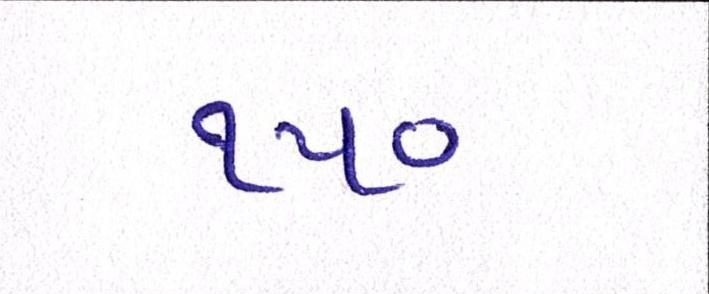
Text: ૧૫૦